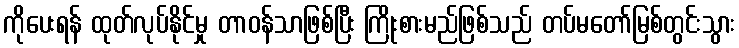
ကိုပေးရန် ထုတ်လုပ်နိုင်မှု တာဝန်သာဖြစ်ပြီး ကြိုးစားမည်ဖြစ်သည် တပ်မတော်မြစ်တွင်းသွား